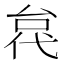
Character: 𫢼